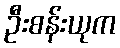
ဦးစန်းယုက